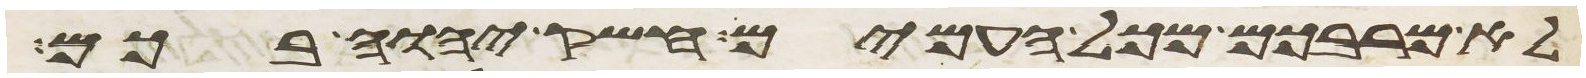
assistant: לא מרבכם מכל העמים חשק יהוה בכם